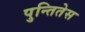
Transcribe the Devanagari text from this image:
पुन्तितेस